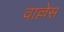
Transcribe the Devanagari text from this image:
वाल्लेस